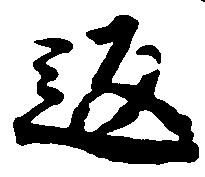
返